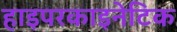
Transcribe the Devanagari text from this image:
हाइपरकाइनेटिक